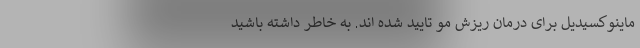
ماینوکسیدیل برای درمان ریزش مو تایید شده اند. به خاطر داشته باشید